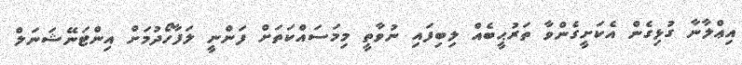
އިޢްލާނާ ގުޅިގެން އެކަށީގެންވާ ތަރުޙީބެއް ލިބިފައި ނުވާތީ މިމަސައްކަތަށް ފަންނީ ލަފާހޯދުމަށް އިންޓަނޭޝަނަލް